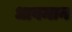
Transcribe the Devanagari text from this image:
धावमान